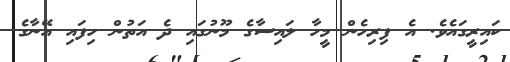
ކައިރީގައެވެ. އެ ފިރިހެން މީހާ ލައިސާގެ މޫނުގައި ދެ އަތުން ހިފައި އޭނާގެ